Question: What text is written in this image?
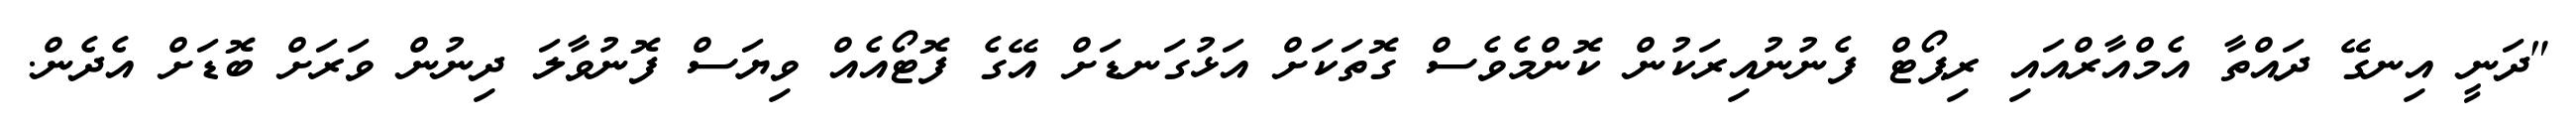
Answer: "ދަނީ އިނގޭ ދައްތާ އެމްއާރްއައި ރިޕޯޓް ފެނުނުއިރަކުން ކޮންމެވެސް ގޮތަކަށް އަޅުގަނޑަށް އޭގެ ފޮޓޯއެއް ވިޔަސް ފޮނުވާލަ ދިނުން ވަރަށް ބޮޑަށް އެދެން.